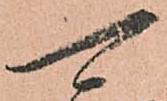
可